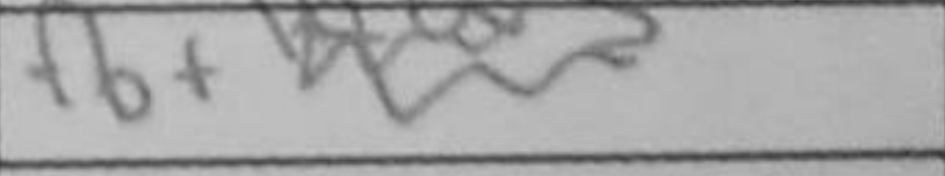
Transcription: f6+